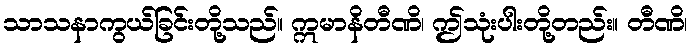
သာသနာကွယ်ခြင်းတို့သည်။ ဣမာနိတီဏိ၊ ဤသုံးပါးတို့တည်း။ တီဏိ၊